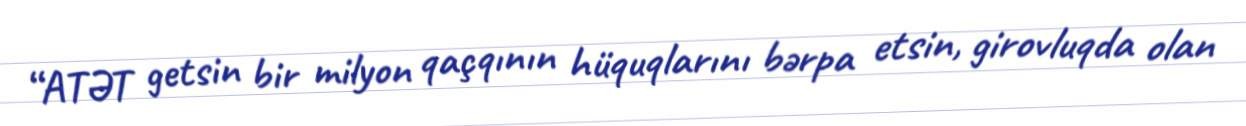
“ATƏT getsin bir milyon qaçqının hüquqlarını bərpa etsin, girovluqda olan